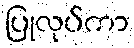
ပြုလုပ်ကာ